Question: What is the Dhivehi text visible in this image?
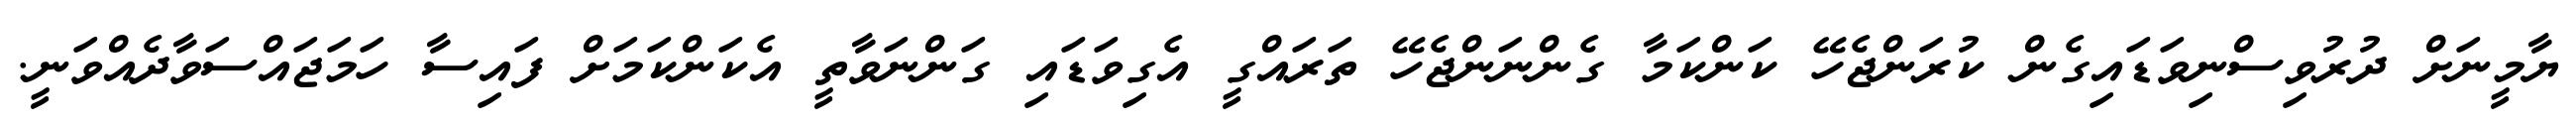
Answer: ޔާމީނަށް ދުރުވިސްނިވަޑައިގެން ކުރަންޖެހޭ ކަންކަމާ ގެންނަންޖެހޭ ތަރައްގީ އެގިވަޑައި ގަންނަވާތީ އެކަންކަމަށް ފައިސާ ހަމަޖައްސަވާދެއްވަނީ.